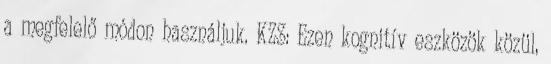
a megfelelő módon használjuk. KZS: Ezen kognitív eszközök közül,